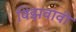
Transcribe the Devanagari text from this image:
विझवावी